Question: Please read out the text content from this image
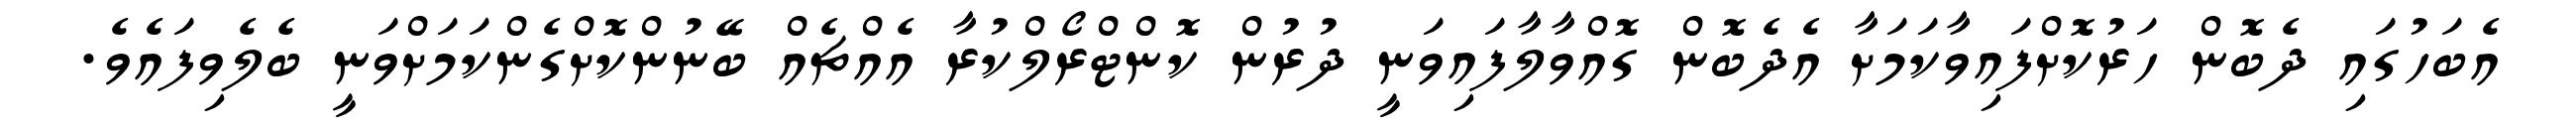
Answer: އެބަހުގައި ދެބޮން ހަރުކޮށްފައިވާކަމަށާ އެދެބޮން ގޮއްވާލާފައިވަނީ ދުރުން ކޮންޓްރޯލްކުރާ އެއްޗެއް ބޭނުންކޮށްގެންކަމަށްވަނީ ބެލެވިފައެވެ.